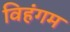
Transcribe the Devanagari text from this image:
विहंगम